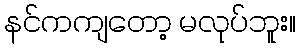
နင်ကကျတော့ မလုပ်ဘူး။